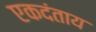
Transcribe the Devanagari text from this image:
एकदंताय